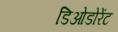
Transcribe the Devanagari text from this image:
डिओडोरेंट